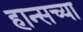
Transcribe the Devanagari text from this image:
हान्सच्या